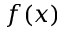
f ( x )